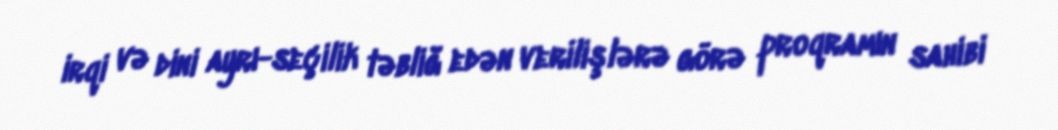
irqi və dini ayrı-seçilik təbliğ edən verilişlərə görə proqramın sahibi